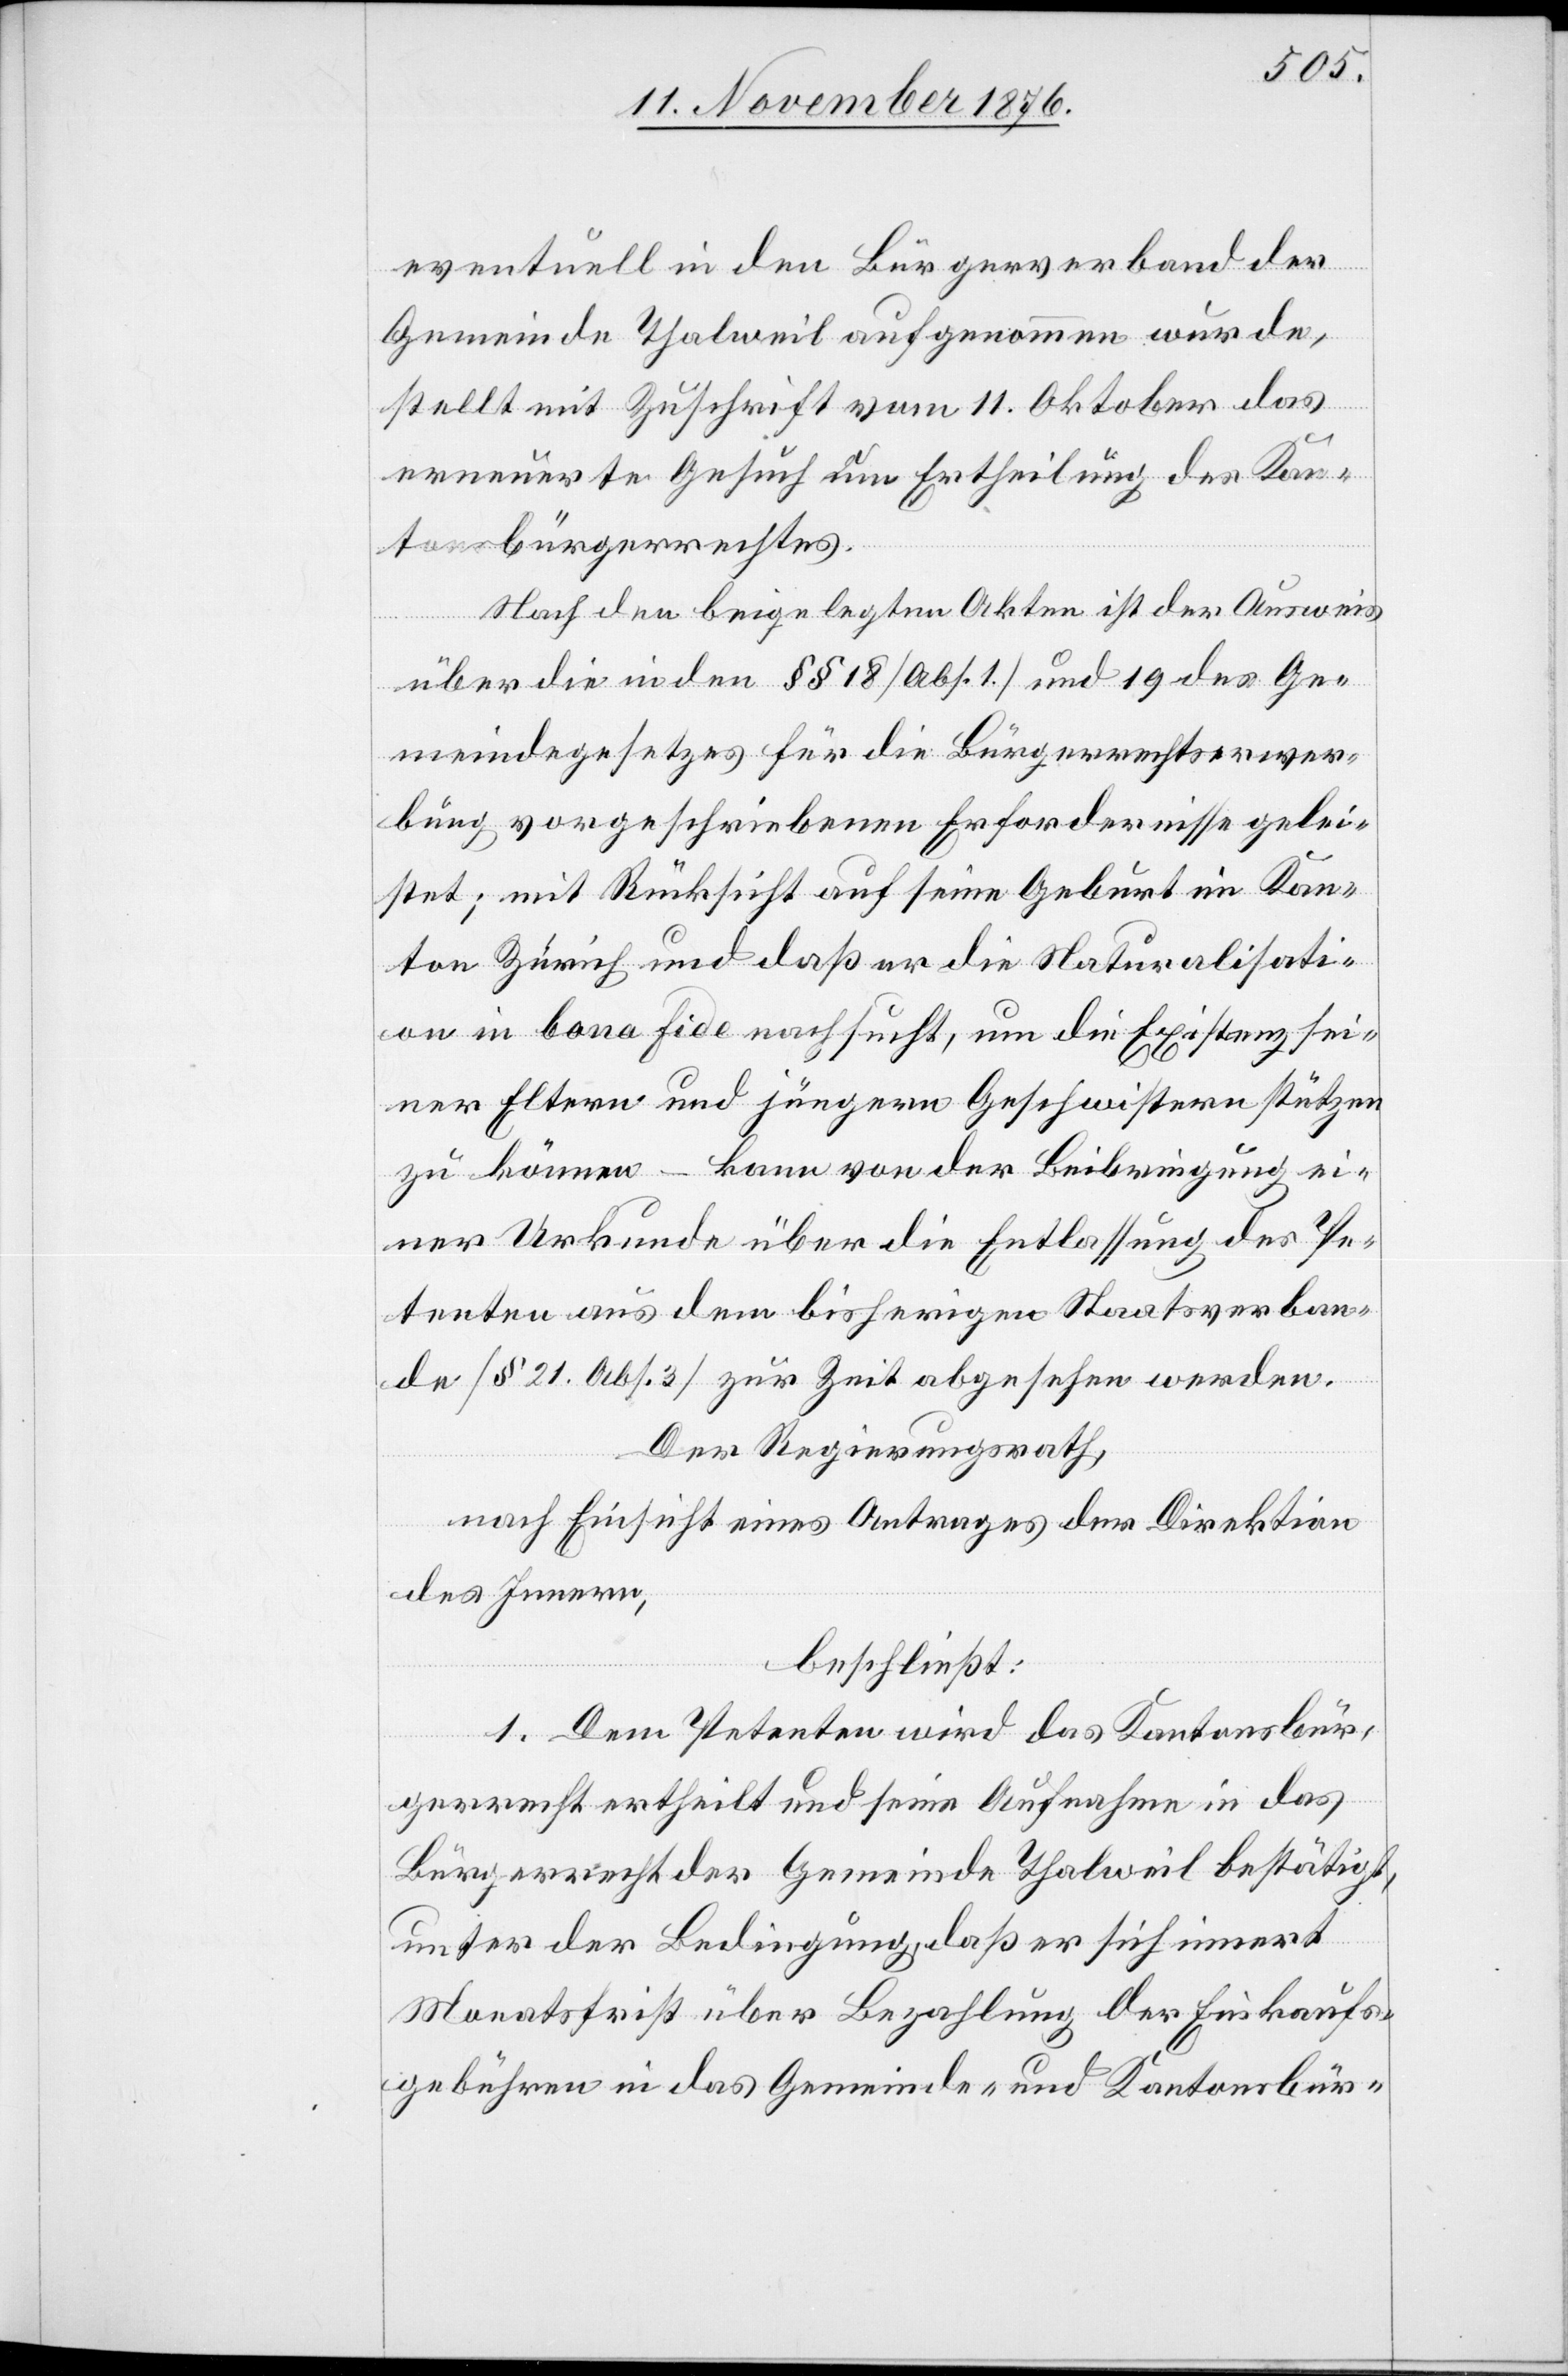
eventuell in den Bürgerverband der
Gemeinde Thalweil aufgenommen wurde,
stellt mit Zuschrift vom 11. Oktober das
erneuerte Gesuch um Ertheilung des Kan¬
tonsbürgerrechtes.
Nach den beigelegten Akten ist der Ausweis
über die in den §§ 18 [Abs. 1] und 19 des Ge¬
meindegesetzes für die Bürgerrechtserwer¬
bung vorgeschriebenen Erfordernisse gelei¬
stet; mit Rücksicht auf seine Geburt im Kan¬
ton Zürich und daß er die Naturalisati¬
on in bona fide ersucht, um die Existenz sei¬
ner Eltern und jüngern Geschwister stützen
zu können – kann von der Beibringung ei¬
ner Urkunde über die Entlassung des Pe¬
tenten aus dem bisherigen Staatsverban¬
de [§ 21. Abs. 3] zur Zeit abgesehen werden.
Der Regierungsrath,
nach Einsicht eines Antrages der Direktion
des Innern,
beschließt:
1. Dem Petenten wird das Kantonsbür¬
gerrecht ertheilt und seine Aufnahme in das
Bürgerrecht der Gemeinde Thalweil bestätigt,
unter der Bedingung, daß er sich innert
Monatsfrist über Bezahlung der Einkauf¬
gebühren in das Gemeinde- und Kantonsbür-